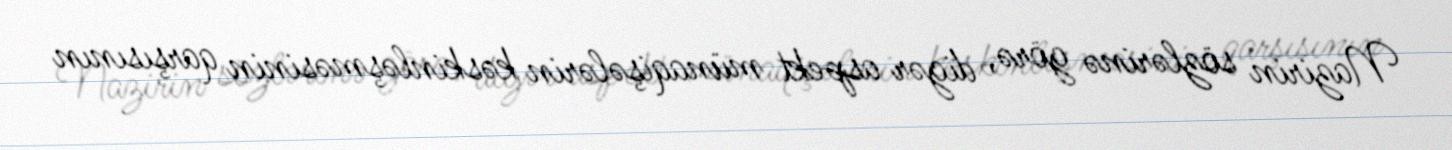
Nazirin sözlərinə görə, digər aspekt münaqişələrin kəskinləşməsinin qarşısının